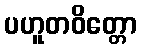
ပဟူတဝိတ္တော